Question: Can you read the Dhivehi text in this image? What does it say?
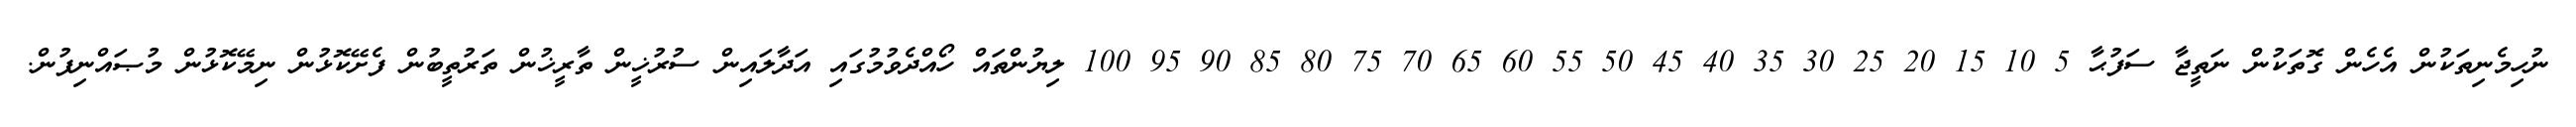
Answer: ނުހިމެނިތަކުން އެހެން ގޮތަކުން ނަތީޖާ ސަފުޙާ 5 10 15 20 25 30 35 40 45 50 55 60 65 70 75 80 85 90 95 100 ލިޔުންތައް ހޯއްދެވުމުގައި އަދާލައިން ސުރުޚީން ތާރީޚުން ތަރުތީބުން ފެށޭކޮޅުން ނިމޭކޮޅުން މުޞައްނިފުން.